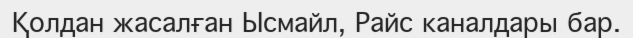
Қолдан жасалған Ысмайл, Райс каналдары бар.